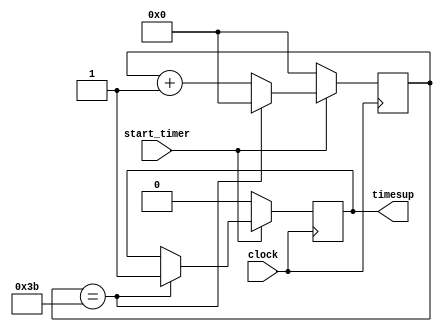
`timescale 1ns / 1ps

module timer(
input clock,
input start_timer,
output timesup
);

localparam MINUTE = 60;
reg timesup_reg = 0;
reg [5:0] counter = 6'b000000;

always @ (posedge clock) begin
	if (start_timer == 1) begin
		if(counter == MINUTE-1) begin
 			counter <= 6'b0;
			timesup_reg <= 1;
		end
  		else begin
 			counter <= counter + 6'b1;
  			timesup_reg <= timesup_reg;
		end
	end
	if (start_timer == 0) begin
		timesup_reg <= 0;
		counter <= 6'b000000;
	end
end

assign timesup = timesup_reg;

endmodule